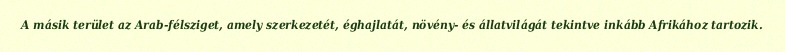
A másik terület az Arab-félsziget, amely szerkezetét, éghajlatát, növény- és állatvilágát tekintve inkább Afrikához tartozik.